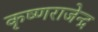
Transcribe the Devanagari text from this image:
कृष्णराजेन्द्र